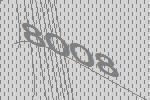
8008